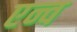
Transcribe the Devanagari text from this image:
एन्व